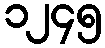
၁၂၄၅